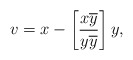
\begin{align*}v=x-\left[ \frac{x\overline{y}}{y\overline{y}}\right] y, \end{align*}